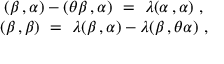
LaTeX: \begin{array} { c } { { ( \beta \, , \alpha ) - ( \theta \beta \, , \alpha ) ~ = ~ \lambda ( \alpha \, , \alpha ) ~ , } } \\ { { ( \beta \, , \beta ) ~ = ~ \lambda ( \beta \, , \alpha ) - \lambda ( \beta \, , \theta \alpha ) ~ , } } \end{array}